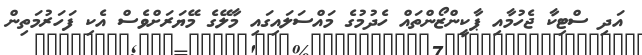
އަދި ސްޓިކާ ޖެހުމާއި ޕާކީންޒޯންތައް ހެދުމުގެ މައްސަލައިގައި މާލޭގެ މޭޔަރަށްވެސް އެކި ފަހަރުމަތިން